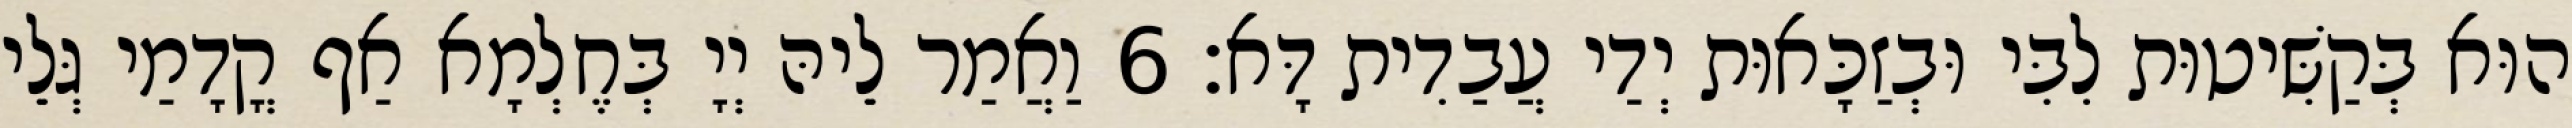
הוּא בְּקַשִּׁיטוּת לִבִּי וּבְזַכָּאוּת יְדַי עֲבַדִית דָּא׃ 6 וַאֲמַר לֵיהּ יְיָ בְּחֶלְמָא אַף קֳדָמַי גְּלֵי